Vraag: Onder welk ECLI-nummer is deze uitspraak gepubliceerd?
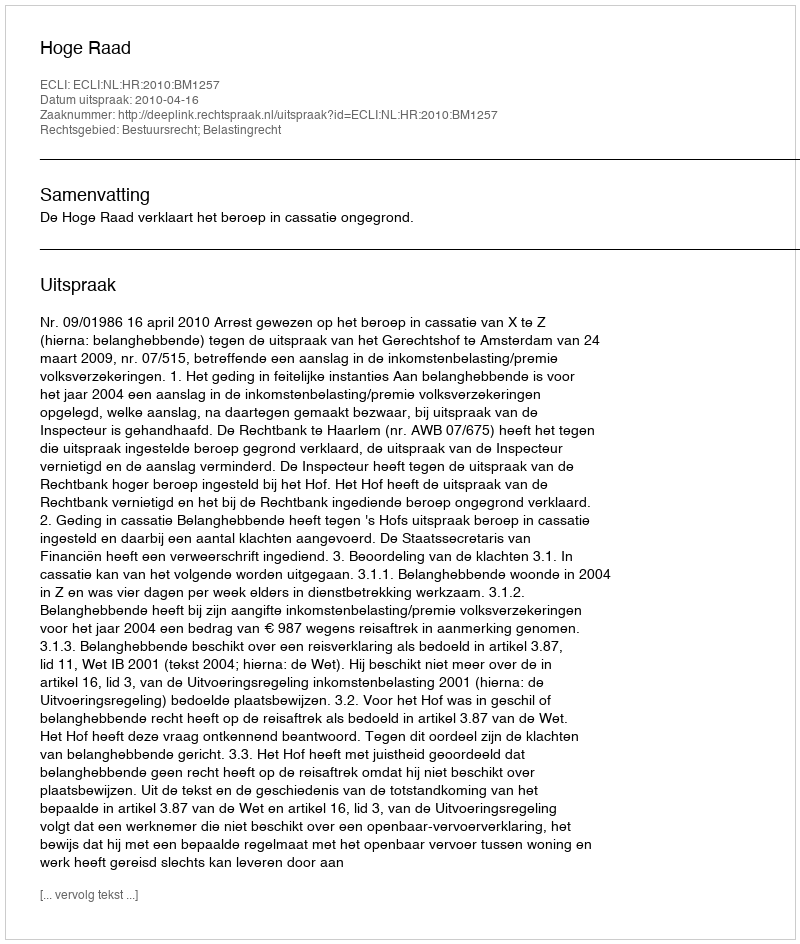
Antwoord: ECLI:NL:HR:2010:BM1257